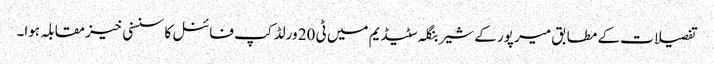
تفصیلات کے مطابق میر پور کے شیر بنگلہ سٹیڈیم میں ٹی 20 ورلڈ کپ فائنل کا سنسنی خیز مقابلہ ہوا۔